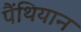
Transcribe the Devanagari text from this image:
पैंथियान